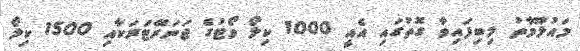
މައުލޫމާތު ލިބިފައިވާ ގޮތުގައި އެއީ 1000 ކިލޯ ވޯޓުގެ ޖަނަރޭޓަރަކާއި 1500 ކިލޯ